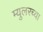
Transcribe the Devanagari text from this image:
म्युलरच्या